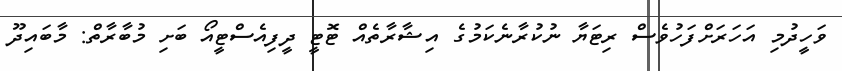
ވަހީދުމި އަހަރަށްފަހުވެސް ރިޓަޔާ ނުކުރާނެކަމުގެ އިޝާރާތެއް ޓޮޓީ ދީފިއެސްޓީއޯ ބަށި މުބާރާތް: މާބައިދޫ